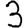
Digit: 3